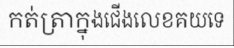
កត់ត្រាក្នុងជើងលេខគយទេ